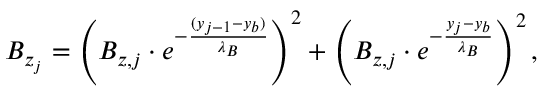
B _ { z _ { j } } = \left( B _ { z , j } \cdot e ^ { - \frac { ( y _ { j - 1 } - y _ { b } ) } { \lambda _ { B } } } \right) ^ { 2 } + \left( B _ { z , j } \cdot e ^ { - \frac { y _ { j } - y _ { b } } { \lambda _ { B } } } \right) ^ { 2 } ,